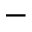
-